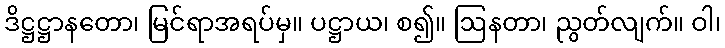
ဒိဋ္ဌဋ္ဌာနတော၊ မြင်ရာအရပ်မှ။ ပဋ္ဌာယ၊ စ၍။ ဩနတာ၊ ညွတ်လျက်။ ဝါ၊